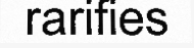
rarifies